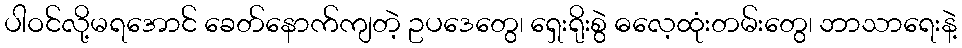
ပါဝင်လို့မရအောင် ခေတ်နောက်ကျတဲ့ ဥပဒေတွေ၊ ရှေးရိုးစွဲ ဓလေ့ထုံးတမ်းတွေ၊ ဘာသာရေးနဲ့